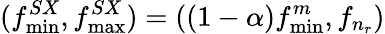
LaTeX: (f_{\operatorname*{min}}^{SX},f_{\operatorname*{max}}^{SX})=((1-\alpha)f_{\operatorname*{min}}^{m},f_{n_{r}})